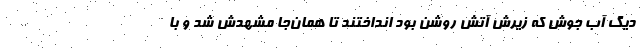
دیگ آب جوش که زیرش آتش روشن بود انداختند تا همان‌جا مشهدش شد و با